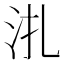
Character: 𣲞